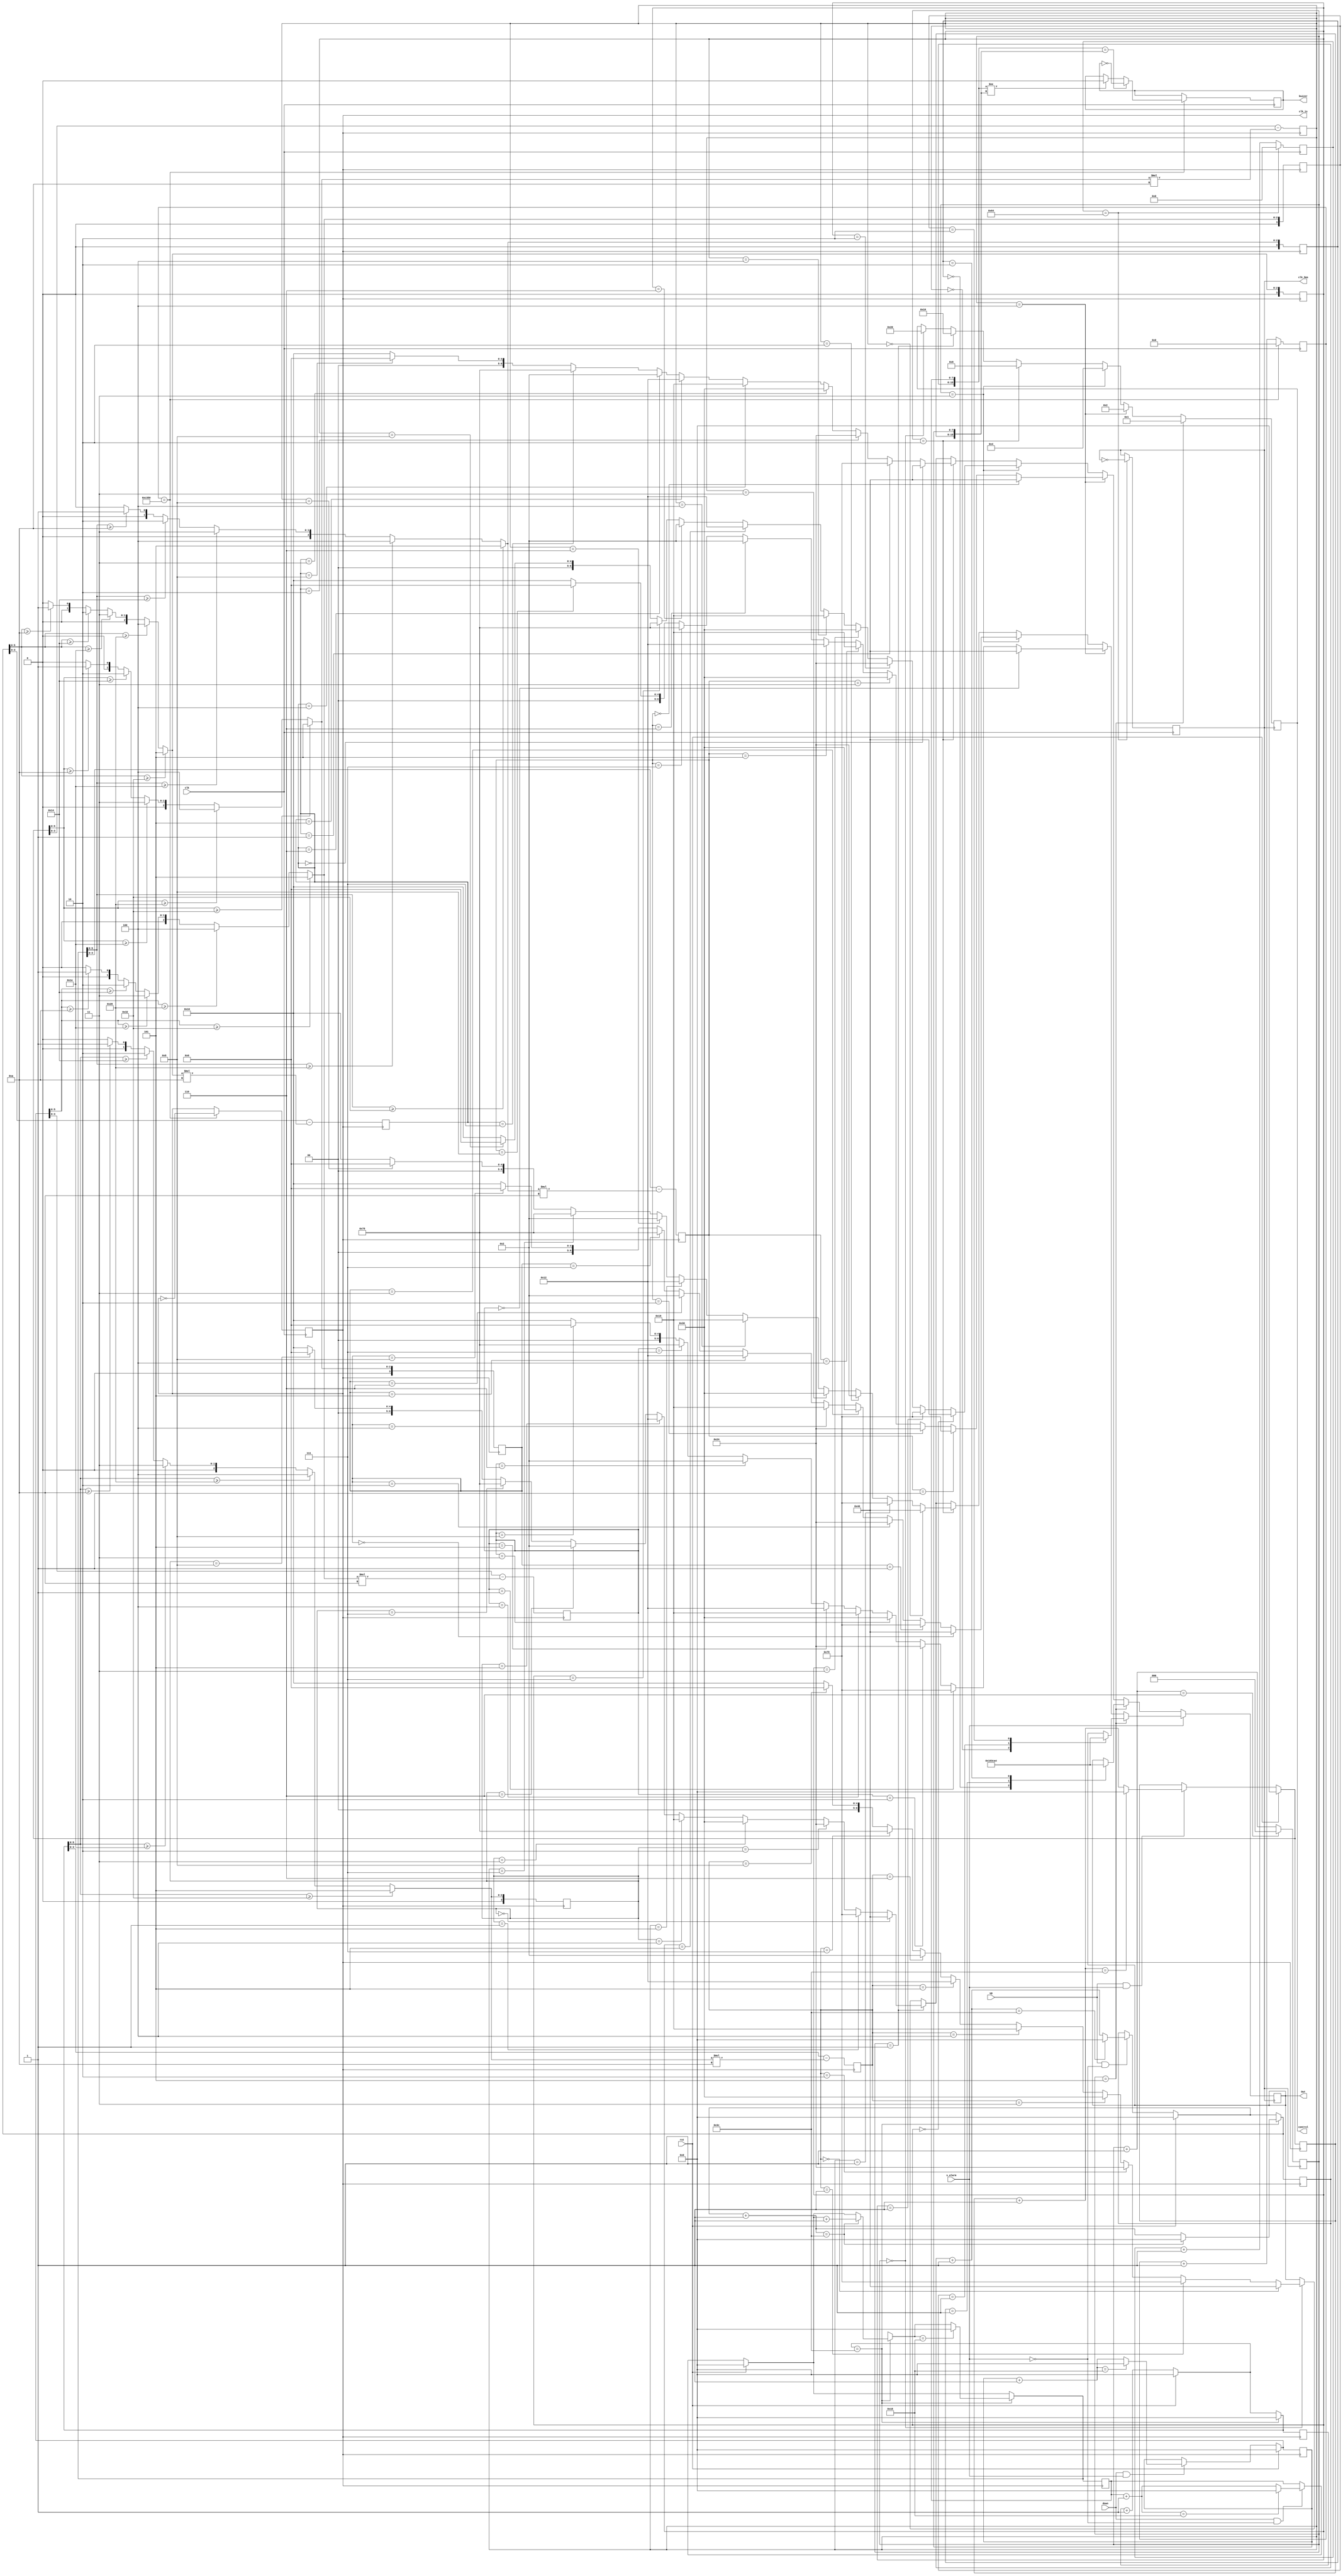
`timescale 1ns / 1ps
//////////////////////////////////////////////////////////////////////////////////
// Company: 
// Engineer: 
// 
// Design Name: 
// Module Name:    main 
// Project Name: 
// Target Devices: 
// Tool versions: 
// Description: 
//
// Dependencies: 
//
// Revision: 
// Revision 0.01 - File Created
// Additional Comments: 
//
//////////////////////////////////////////////////////////////////////////////////
module time_alarm(Out, clk_1s, clk_5ms, up, down, clk, control, rst, s_alarm, buzzer);

input  clk;
input up, down, s_alarm, rst;
output reg [5:0]control;
output reg[6:0]Out;
output reg buzzer;

output reg clk_1s;
output reg clk_5ms;

reg [27:0] counter;
reg [6:0] counter1;

reg [7:0]sec; // gio phut giay
reg [7:0]min;
reg [7:0]hour;


reg [3:0]c_sec; // dv, c
reg [3:0]dv_sec;

reg [3:0]c_min;
reg [3:0]dv_min;

reg [3:0]c_hour;
reg [3:0]dv_hour;
////////////////////////// alarm bit
reg [7:0]min_alarm;
reg [7:0]hour_alarm;

reg [3:0]c_hour_alarm;
reg [3:0]dv_hour_alarm;

reg [3:0]c_min_alarm;
reg [3:0]dv_min_alarm;


reg [2:0]count;  // bien dem quet led
initial begin
	counter = 28'b0;// counter 1s
	clk_1s = 1'b0;
	sec = 8'd0;
	counter1 = 28'b0; // counter
	clk_5ms = 1'b0;
	
	count = 3'b000;
	sec = 8'd0;
	min = 8'd50;
	hour = 8'd7;
	
	min_alarm = 8'd0;  // set alarm
	hour_alarm = 8'd0;

	buzzer = 1'b0;

end

always @(posedge clk) // chia xung 1hz
begin
	counter <= counter + 1;
	if (counter == 28'd50_000) // tao xung 1Hz
		begin
			counter <= 28'b0;
			clk_1s <= ~clk_1s;
			/// d?o tr?ng thi ci ku
			if ({min, hour}=={min_alarm, hour_alarm} ) // check alarm
			begin
					buzzer = ~buzzer;	
			end
			else if ({min, hour}!={min_alarm, hour_alarm}) // check alarm
			begin
				buzzer = 1'b0;	
			end
		end
end


always @(posedge clk) // chia xung hz
begin
	counter1 <= counter1 + 1;
	if (counter1 == 7'd100) // tao xung 
		begin
			counter1 <= 28'b0;
			clk_5ms <= ~clk_5ms;
		end
end

function [3:0]mod_10; // chia 10
	input [5:0]number;
	begin
		mod_10 = (number >= 50) ? 5:((number>=40)?4:((number>=30)?3:((number>=20)?2:((number>=10)?1:0))));
	end
endfunction

function [6:0]number_led7seg; //lay so led 7 doan
	input [3:0]num;
	begin
		number_led7seg = (num == 4'd0) ? 7'b1000000:((num == 4'd1)?7'b1111001:((num == 4'd2)?7'b0100100:((num==4'd3)?7'b0110000:((num==4'd4)?7'b0011001:((num == 4'd5)?7'b0010010:((num == 4'd6)?7'b0000010:((num == 4'd7)?7'b1111000:((num == 4'd8)?7'b0000000:7'b0010000))))))));
	end
endfunction


always @(posedge clk_1s)
begin
	sec = sec + 1; 
	if (down && !s_alarm) //up hour
		begin
			hour = hour + 1;
			if(hour == 24)
				hour = 0;	
		end
	if (up && !s_alarm) // up min
		begin
			min = min +1;
			if(min == 60)
				min = 0;	
		end
	
	///////////////////////////////// set alarm	
	if (down && s_alarm) //up hour alarm
		begin
			hour_alarm = hour_alarm + 1;
			if(hour_alarm == 24)
				hour_alarm = 0;	
		end
	if (up && s_alarm) // up min alarm
		begin
			min_alarm = min_alarm +1;
			if(min_alarm == 60)
				min_alarm = 0;	
		end	
	if(rst)begin
		sec = 8'd0;
		min = 8'd0;
		hour = 8'd0;
		
		min_alarm = 8'd0;  // set alarm
		hour_alarm = 8'd0;
	end	
	/////////////////////////////////// time up
	if(sec == 60)
		begin
			 sec = 0;  //reset seconds
			 min = min + 1;
			 if(min == 60)
				begin
					 min = 0;  //reset seconds
					 hour = hour + 1;
				end
				if(hour == 24)
				begin
					hour = 0;
				end	
		end	
	
	c_sec = mod_10(sec); 
	dv_sec = sec - c_sec*10;	
	
	c_min = mod_10(min); 
	dv_min = min - c_min*10;
	
	c_hour = mod_10(hour); 
	dv_hour = hour - c_hour*10;

	////////////////////////////////////// alarm
	c_hour_alarm = mod_10(hour_alarm); 
	dv_hour_alarm = hour_alarm - c_hour_alarm*10;
	c_min_alarm = mod_10(min_alarm); 
	dv_min_alarm = min_alarm - c_min_alarm*10;
	
	
end



always @ (posedge clk_5ms)
begin
	if (!s_alarm)begin   // if change
		if(count == 3'b101)
			begin
				case (c_hour)
					4'd0: Out = 7'b1000000;
					4'd1: Out = 7'b1111001;
					4'd2: Out = 7'b0100100;
				endcase
				control = 6'b000001;
			end
		else if (count == 3'b100)
			begin
				Out = number_led7seg(dv_hour);	
				control = 6'b000010;
			end
		else if (count == 3'b011)
			begin
				Out = number_led7seg(c_min);	
				control = 6'b000100;
			end
		else if (count == 3'b010)
			begin
				Out = number_led7seg(dv_min);		
				control = 6'b001000;
			end
		else if (count == 3'b001)
			begin
				Out = number_led7seg(c_sec);	
				control = 6'b010000;
			end
		else if (count == 3'b000)
			begin
				Out = number_led7seg(dv_sec);	
				control = 6'b100000;
			end
	end 
	else if (s_alarm)begin   // if change
		if(count == 3'b101)
			begin
				case (c_hour_alarm)
					4'd0: Out = 7'b1000000;
					4'd1: Out = 7'b1111001;
					4'd2: Out = 7'b0100100;
				endcase
				control = 6'b000001;
			end
		else if (count == 3'b100)
			begin
				Out = number_led7seg(dv_hour_alarm);	
				control = 6'b000010;
			end
		else if (count == 3'b011)
			begin
				Out = number_led7seg(c_min_alarm);	
				control = 6'b000100;
			end
		else if (count == 3'b010)
			begin
				Out = number_led7seg(dv_min_alarm);		
				control = 6'b001000;
			end
		else if (count == 3'b001)
			begin
				Out = number_led7seg(c_sec);	
				control = 6'b010000;
			end
		else if (count == 3'b000)
			begin
				Out = number_led7seg(dv_sec);	
				control = 6'b100000;
			end
	end 
		
	
	
	count = count + 3'b001;
	if(count == 3'b110)
	begin
		count = 3'b000;
	end		
end

endmodule